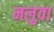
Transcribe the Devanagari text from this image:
नलुवा